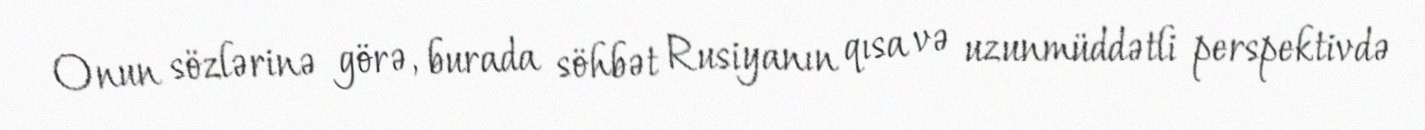
Onun sözlərinə görə, burada söhbət Rusiyanın qısa və uzunmüddətli perspektivdə